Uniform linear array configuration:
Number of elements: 64
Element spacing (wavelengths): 1
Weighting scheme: hamming
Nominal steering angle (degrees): -30
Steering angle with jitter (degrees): -28.175
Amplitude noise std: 0.05
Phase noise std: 0.05

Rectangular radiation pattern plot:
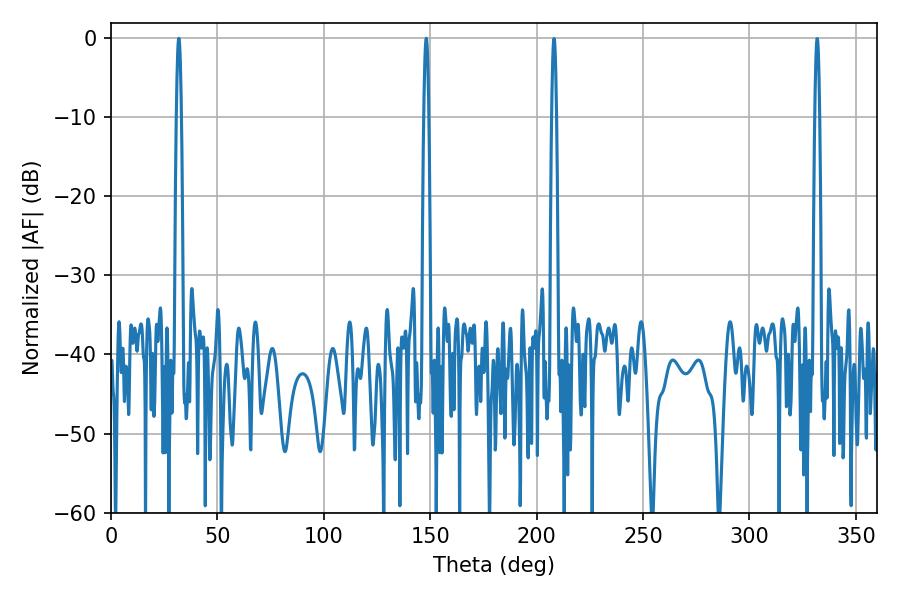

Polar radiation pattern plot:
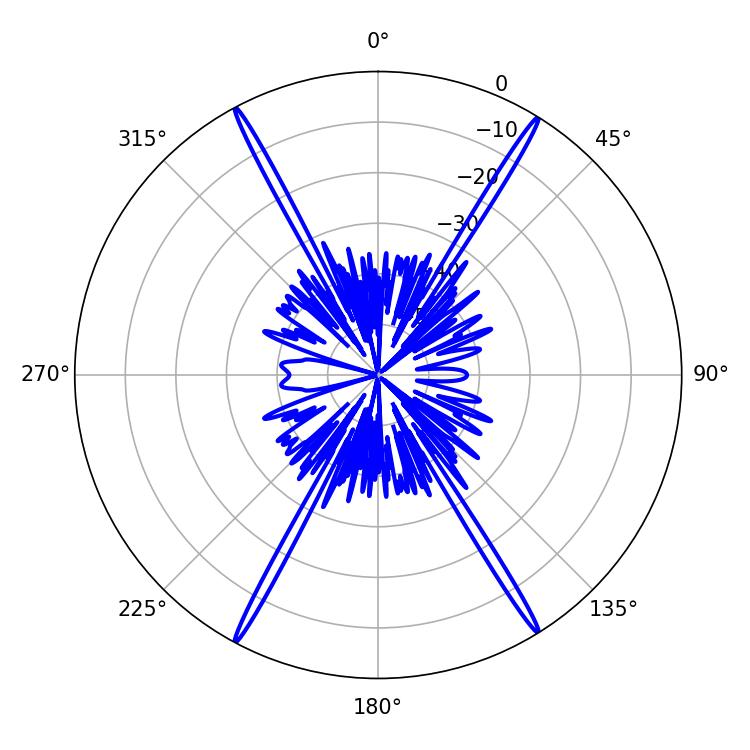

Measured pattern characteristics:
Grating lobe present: TRUE
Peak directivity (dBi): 27.341
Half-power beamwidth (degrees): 1.08
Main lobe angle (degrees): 31.86